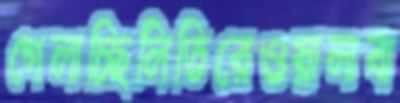
গেলাচ্ছিলিতিরেওয়ালাবা